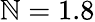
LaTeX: \mathbb{N}=1.8